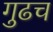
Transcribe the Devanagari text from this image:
गुढच